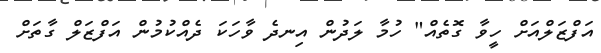
އަފްޒަލްއަށް ހީވާ ގޮތެއް" ހުމާ ލަދުން އިނދެ ވާހަކަ ދެއްކުމުން އަފްޒަލް ގާތަށް